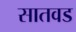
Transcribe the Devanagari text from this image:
सातवड